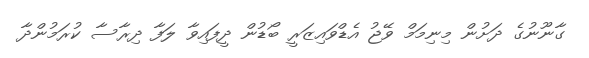
ގާނޫނުގެ ދަށުން މިނިމަމް ވޭޖު އެޑްވައިޒަރީ ބޯޑުން ދީފައިވާ ލަފާ ދިރާސާ ކުރަމުންދާ